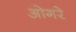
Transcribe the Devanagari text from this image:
ओगरे